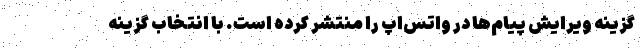
گزینه ویرایش پیام‌ها در واتس‌اپ را منتشر کرده است. با انتخاب گزینه